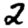
Digit: 2